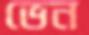
ভেন